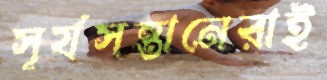
সূর্যসন্তানেরাই